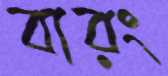
বারং